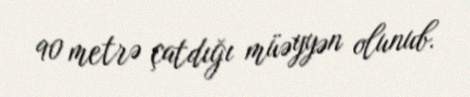
90 metrə çatdığı müəyyən olunub.